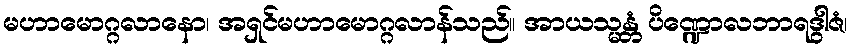
မဟာမောဂ္ဂလာနော၊ အရှင်မဟာမောဂ္ဂလာန်သည်။ အာယသ္မန္တံ ပိဏ္ဍောလဘာရဒွါဇံ၊